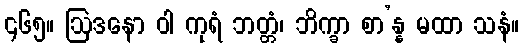
၄၆၅။ ဩဒနော ဝါ ကုရံ ဘတ္တံ၊ ဘိက္ခာ စာ’န္န မထာ သနံ။